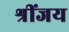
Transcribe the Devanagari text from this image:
श्रींजय